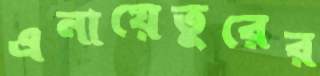
এনায়েতুরের